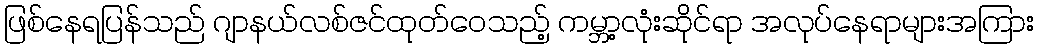
ဖြစ်နေရပြန်သည် ဂျာနယ်လစ်ဇင်ထုတ်ဝေသည့် ကမ္ဘာ့လုံးဆိုင်ရာ အလုပ်နေရာများအကြား